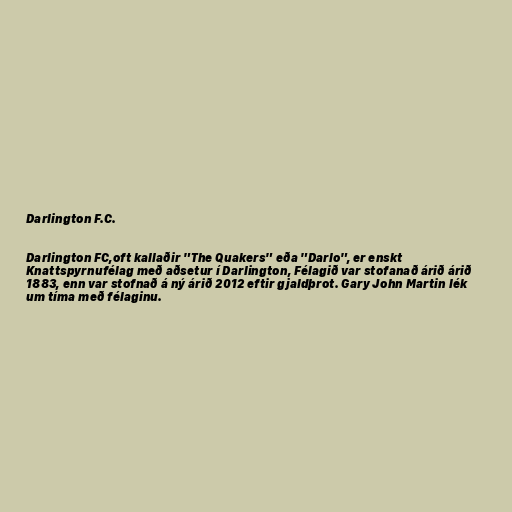
Darlington F.C.

Darlington FC,oft kallaðir "The Quakers" eða "Darlo", er enskt
Knattspyrnufélag með aðsetur í Darlington, Félagið var stofanað árið árið
1883, enn var stofnað á ný árið 2012 eftir gjaldþrot. Gary John Martin lék
um tíma með félaginu.